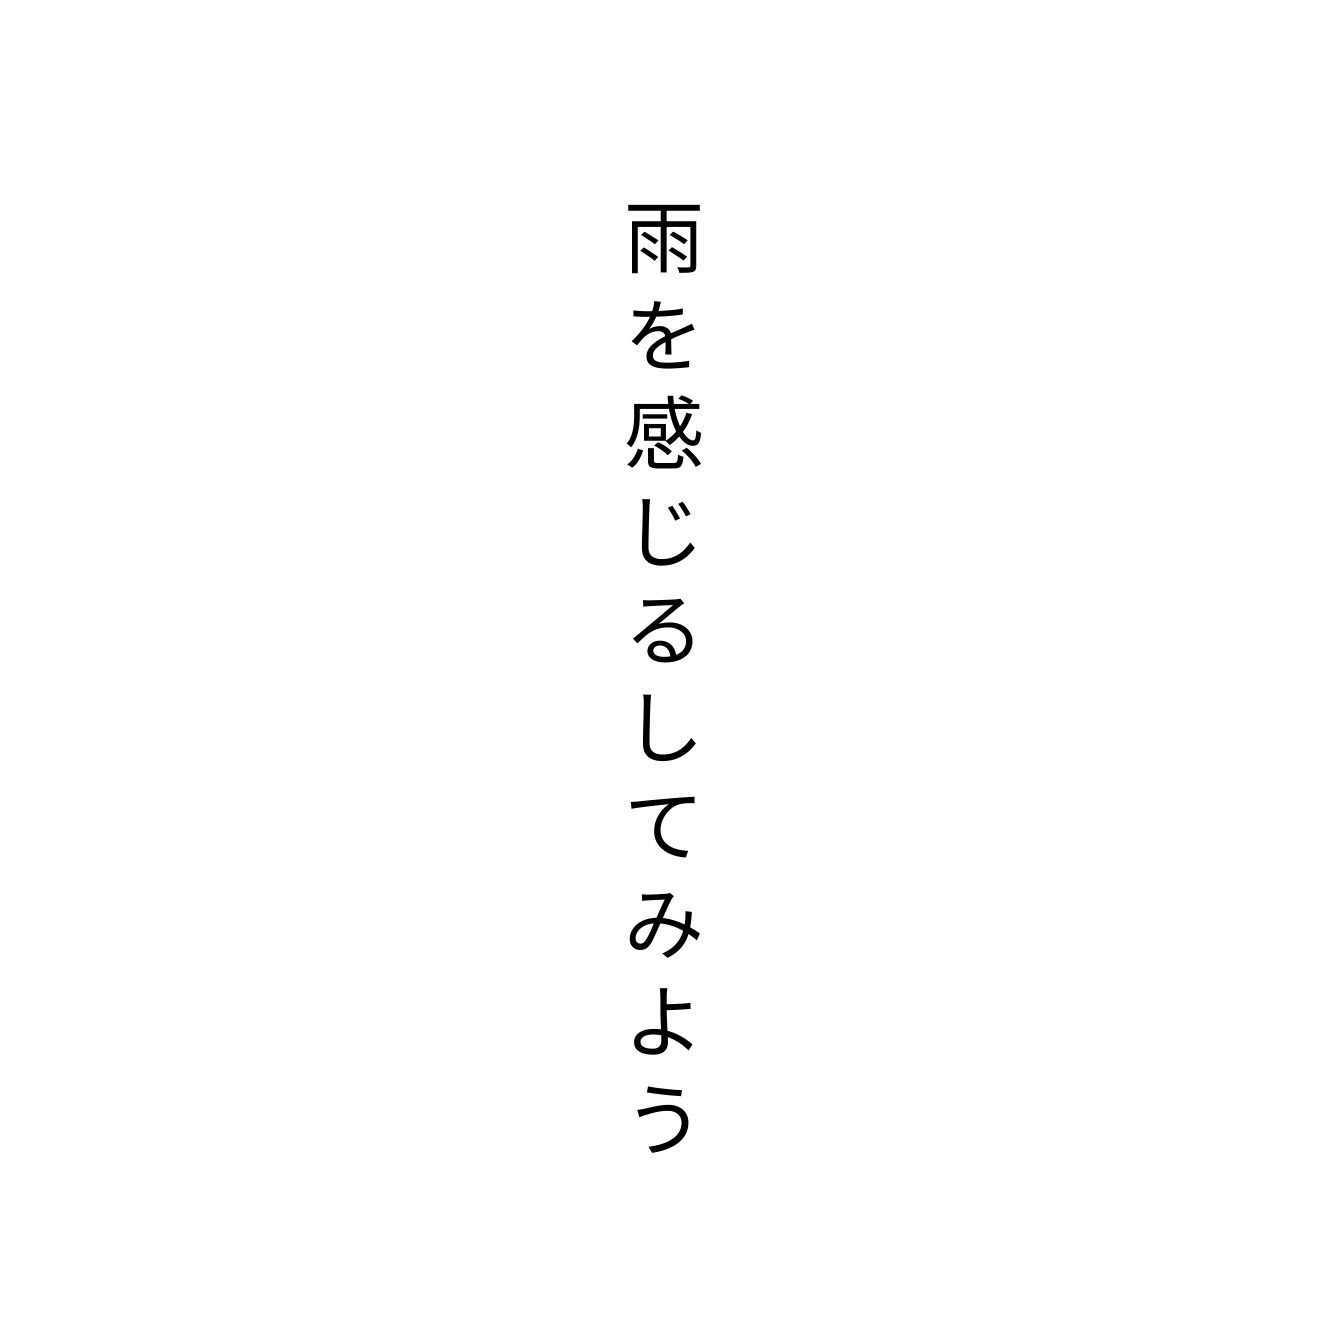
雨を感じるしてみよう